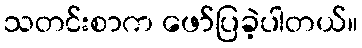
သတင်းစာက ဖော်ပြခဲ့ပါတယ်။